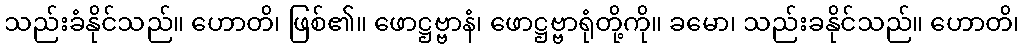
သည်းခံနိုင်သည်။ ဟောတိ၊ ဖြစ်၏။ ဖောဋ္ဌဗ္ဗာနံ၊ ဖောဋ္ဌဗ္ဗာရုံတို့ကို။ ခမော၊ သည်းခနိုင်သည်။ ဟောတိ၊